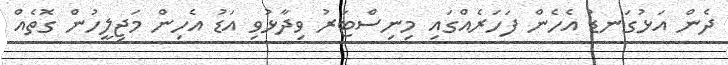
ދެން އަޅުގަނޑު އެހެން ފަހަރެއްގައި މިނިސްޓަރު ވިދާޅުވި އަޑު އެހިން މަޖިލީހުން ގޮތެއް